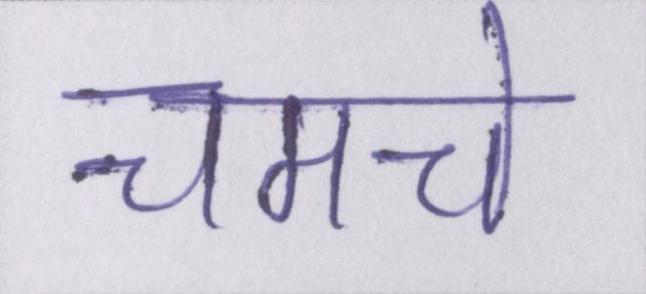
चमचे